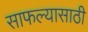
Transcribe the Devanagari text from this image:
साफल्यासाठी